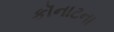
કૉનાટના